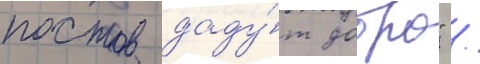
постов даду́т добро" /